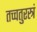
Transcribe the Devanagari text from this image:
तच्चतुरस्त्रं